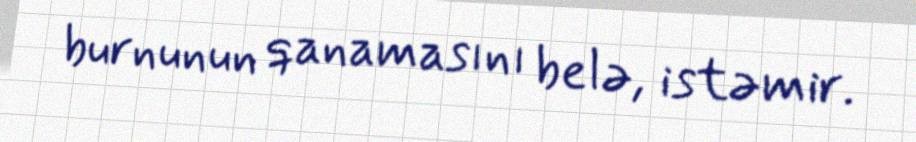
burnunun qanamasını belə, istəmir.